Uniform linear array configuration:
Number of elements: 16
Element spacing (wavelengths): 1
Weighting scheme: blackman
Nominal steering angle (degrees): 15
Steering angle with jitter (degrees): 14.702
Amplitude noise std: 0.05
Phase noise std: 0.05

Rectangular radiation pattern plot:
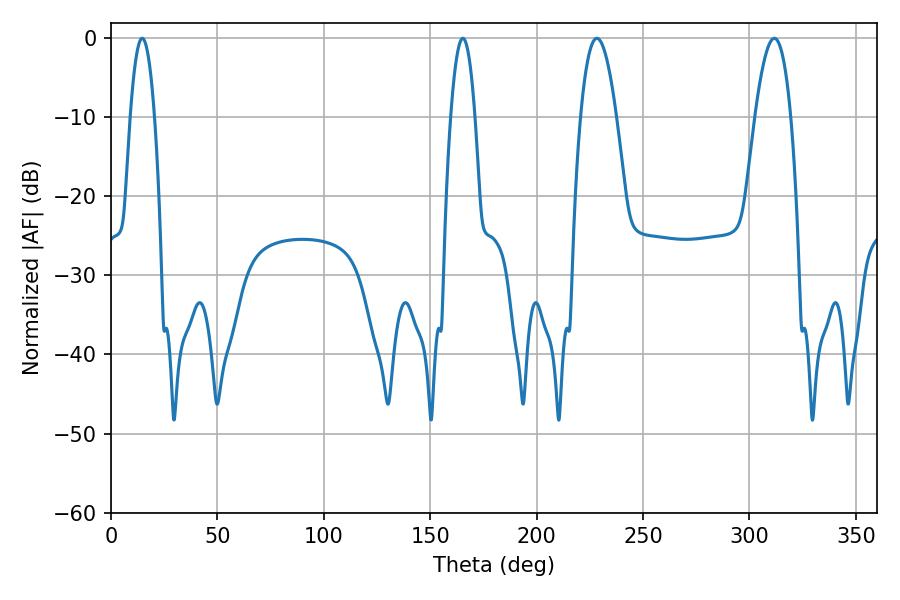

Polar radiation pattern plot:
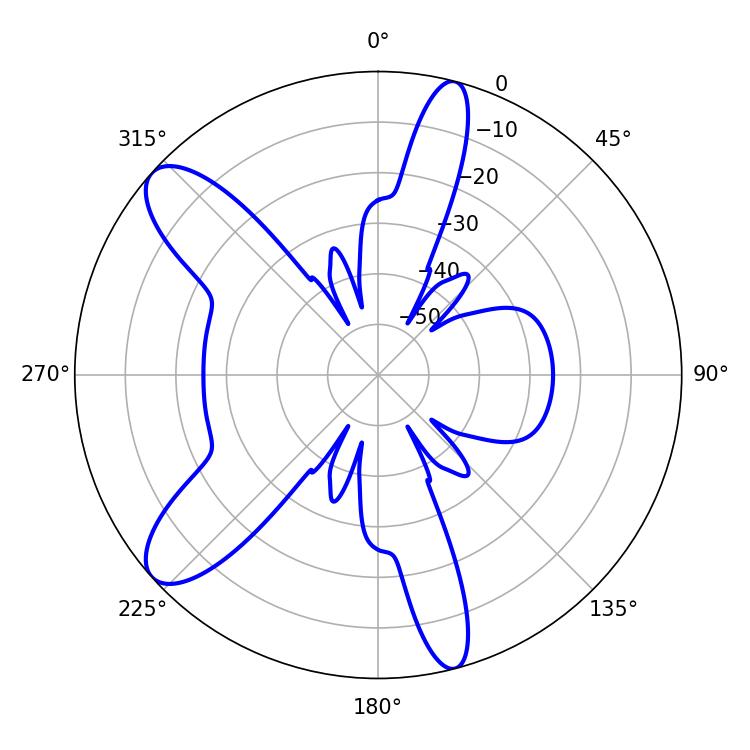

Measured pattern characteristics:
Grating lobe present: TRUE
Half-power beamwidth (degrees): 9.18
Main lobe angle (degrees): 228.24